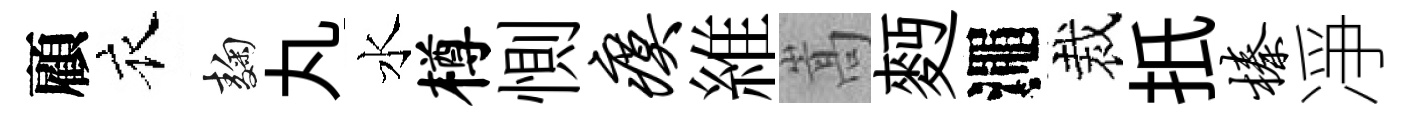
顧衣麹丸水樽惻瘼維嵩麪澠裁扺榛凈